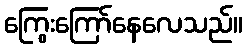
ကြွေးကြော်နေလေသည်။